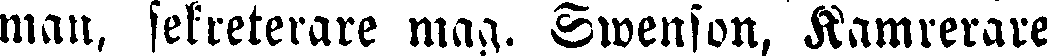
man, sekreterare mag. Swenson, Kamrerare